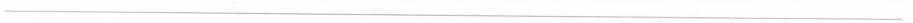
___